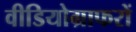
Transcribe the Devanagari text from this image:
वीडियोग्राफरों